Annual administration report of the Civil Veterinary Department of India - 1898-1899
Year: 1898
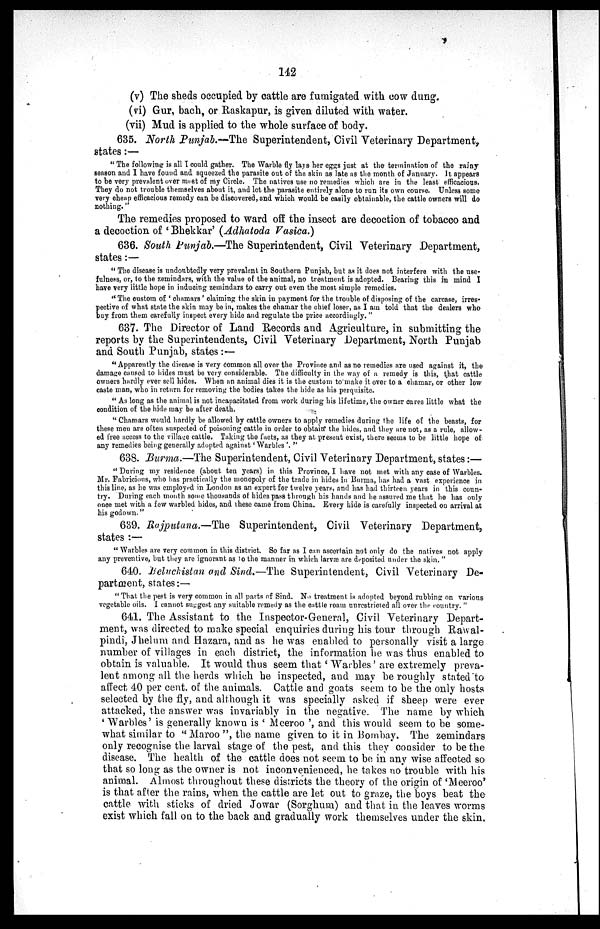
142
(v) The sheds occupied by cattle are fumigated with cow dung.
(vi) Gur, bach, or Raskapur, is given diluted with water.
(vii) Mud is applied to the whole surface of body.
635. North Punjab.—The Superintendent, Civil Veterinary Department,
states:—
"The following is all I could gather. The Warble fly lays her eggs just at the termination of the rainy
season and I have found and squeezed the parasite out of the skin as late as the month of January. It appears
to be very prevalent over most of my Circle. The natives use no remedies which are in the least efficacious.
They do not trouble themselves about it, and let the parasite entirely alone to run its own course. Unless some
very cheap efficacious remedy can be discovered, and which would be easily obtainable, the cattle owners will do
nothing."
The remedies proposed to ward off the insect are decoction of tobacco and
a decoction of 'Bhekkar' (Adhatoda Vasica.)
636. South Punjab.—The Superintendent, Civil Veterinary Department,
states:—
"The disease is undoubtedly very prevalent in Southern Punjab, but as it does not interfere with the use-
fulness, or, to the zemindars, with the value of the animal, no treatment is adopted. Bearing this in mind I
have very little hope in inducing zemindars to carry out even the most simple remedies.
"The custom of 'chamars' claiming the skin in payment for the trouble of disposing of the carcase, irres-
pective of what state the skin may be in, makes the chamar the chief loser, as I am told that the dealers who
buy from them carefully inspect every hide and regulate the price accordingly. "
637. The Director of Land Records and Agriculture, in submitting the
reports by the Superintendents, Civil Veterinary Department, North Punjab
and South Punjab, states:—
"Apparently the disease is very common all over the Province and as no remedies are used against it, the
damage caused to hides must be very considerable. The difficulty in the way of a remedy is this, that cattle
owners hardly ever sell hides. When an animal dies it is the custom to make it over to a chamar, or other low
caste man, who in return for removing the bodies takes the hide as his perquisite.
"As long as the animal is not incapacitated from work during his lifetime, the owner cares little what the
condition of the hide may be after death.
"Chamars would hardly be allowed by cattle owners to apply remedies during the life of the beasts, for
these men are often suspected of poisoning cattle in order to obtain the hides, and they are not, as a rule, allow-
ed free access to the village cattle. Taking the facts, as they at present exist, there seems to be little hope of
any remedies being generally adopted against 'Warbles '."
638. Burma.—The Superintendent, Civil Veterinary Department, states:—
"During my residence (about ten years) in this Province, I have not met with any case of Warbles.
Mr. Fabricious, who has practically the monopoly of the trade in hides in Burma, has had a vast experience in
this line, as he was employed in London as an expert for twelve years, and has had thirteen years in this coun-
try. During each month some thousands of hides pass through his hands and he assured me that he has only
once met with a few warbled hides, and these came from China. Every hide is carefully inspected on arrival at
his godown."
689. Rajputana.—The Superintendent, Civil Veterinary Department,
states:—
"Warbles are very common in this district. So far as I can ascertain not only do the natives not apply
any preventive, but they are ignorant as to the manner in which larvæ are deposited under the skin. "
640. Beluchistan and Sind.—The Superintendent, Civil Veterinary De-
partment, states:—
"That the pest is very common in all parts of Sind. No treatment is adopted beyond rubbing on various
vegetable oils. I cannot suggest any suitable remedy as the cattle roam unrestricted all over the country. "
641. The Assistant to the Inspector-General, Civil Veterinary Depart-
ment, was directed to make special enquiries during his tour through Rawal-
pindi, Jhelum and Hazara, and as he was enabled to personally visit a large
number of villages in each district, the information he was thus enabled to
obtain is valuable. It would thus seem that 'Warbles' are extremely preva-
lent among all the herds which he inspected, and may be roughly stated to
affect 40 per cent. of the animals. Cattle and goats seem to be the only hosts
selected by the fly, and although it was specially asked if sheep were ever
attacked, the answer was invariably in the negative. The name by which
'Warbles' is generally known is 'Mceroo', and this would seem to be some-
what similar to "Maroo", the name given to it in Bombay. The zemindars
only recognise the larval stage of the pest, and this they consider to be the
disease. The health of the cattle does not seem to be in any wise affected so
that so long as the owner is not inconvenienced, he takes no trouble with his
animal. Almost throughout these districts the theory of the origin of 'Meeroo'
is that after the rains, when the cattle are let out to graze, the boys beat the
cattle with sticks of dried Jowar (Sorghum) and that in the leaves worms
exist which fall on to the back and gradually work themselves under the skin.